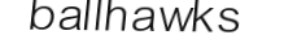
ballhawks